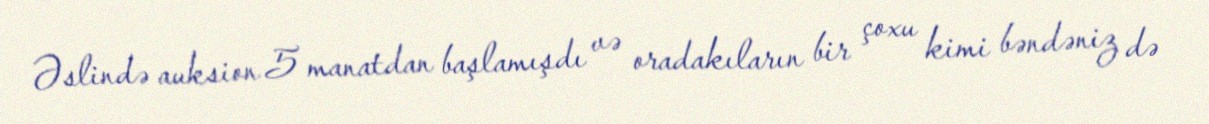
Əslində auksion 5 manatdan başlamışdı və oradakıların bir çoxu kimi bəndəniz də